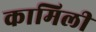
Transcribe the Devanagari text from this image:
कामिली